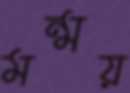
মন্ময়